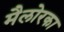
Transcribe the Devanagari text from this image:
मैलोरका